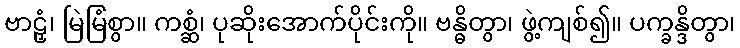
ဗာဠှံ၊ မြဲမြံစွာ။ ကစ္ဆံ၊ ပုဆိုးအောက်ပိုင်းကို။ ဗန္ဓိတွာ၊ ဖွဲ့ကျစ်၍။ ပက္ခန္ဒိတွာ၊